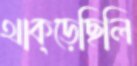
থাক্‌ড়েছিলি